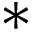
*